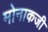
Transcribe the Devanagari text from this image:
मोनाकजी